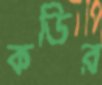
কডির